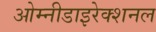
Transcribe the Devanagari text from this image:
ओम्नीडाइरेक्शनल